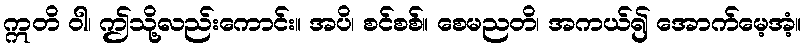
ဣတိ ဝါ၊ ဤသို့လည်းကောင်း။ အပိ၊ စင်စစ်။ စေမညတိ၊ အကယ်၍ အောက်မေ့အံ့။